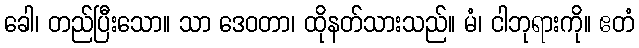
ခေါ၊ တည်ပြီးသော။ သာ ဒေဝတာ၊ ထိုနတ်သားသည်။ မံ၊ ငါဘုရားကို။ ဧတံ